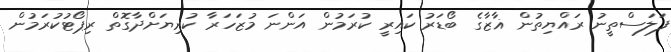
ފަލަސްތީނު ރައްޔިތުން ޣާޒާގެ ބޯޑަރު ކައިރީ ކުރަމުން އަންނަ މުޒަހަރާ ކުރިޔަށްދާގޮތް ރިޕޯޓުކުރަމުން